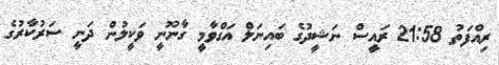
ރިއްފަތު 21:58 ރައީސް ނަޝީދުގެ ބައިނަލް އަގްވާމީ ގާނޫނީ ވަކީލުން ދަނީ ސަރުކާރުގެ